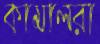
কামালরা